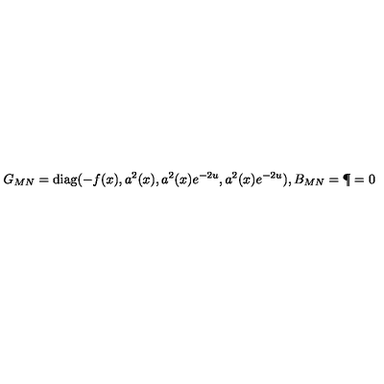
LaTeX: G _ { M N } = \mathrm { d i a g } ( - f ( x ) , a ^ { 2 } ( x ) , a ^ { 2 } ( x ) e ^ { - 2 u } , a ^ { 2 } ( x ) e ^ { - 2 u } ) , B _ { M N } = \P = 0